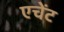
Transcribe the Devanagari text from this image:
एचेंट